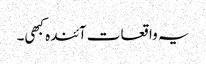
یہ واقعات آئندہ کبھی۔